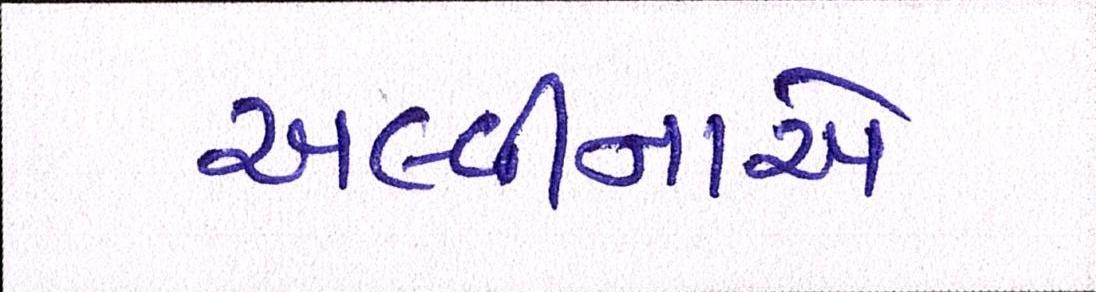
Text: અલ્વીનાએ